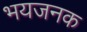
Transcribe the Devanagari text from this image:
भयजनक